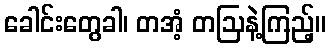
ခေါင်းတွေခါ၊ တအံ့ တဩနဲ့ကြည့်။